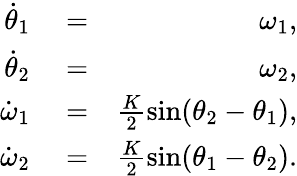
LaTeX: \begin{array}{rlr}{\dot{\theta}_{1}}&{{}=}&{\omega_{1},}\\ {\dot{\theta}_{2}}&{{}=}&{\omega_{2},}\\ {\dot{\omega}_{1}}&{{}=}&{\frac{K}{2}\sin(\theta_{2}-\theta_{1}),}\\ {\dot{\omega}_{2}}&{{}=}&{\frac{K}{2}\sin(\theta_{1}-\theta_{2}).}\end{array}